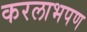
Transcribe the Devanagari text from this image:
करलाभपण